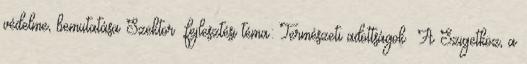
védelme, bemutatása Szektor fejlesztési téma: Természeti adottságok ▪A Szigetköz, a